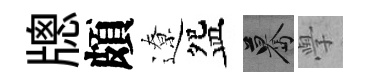
牕頗遼盌驀𭓕